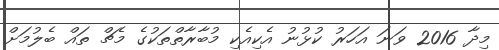
މިދާ 2016 ވަނަ އަހަރު ކުޅުނު އެކިއެކި މުބާރާތްތަކުގެ މެޗް ތައް ބެލުމަށް